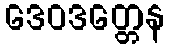
ဒေဝဒတ္တေန